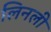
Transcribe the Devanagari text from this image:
लिनली